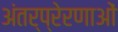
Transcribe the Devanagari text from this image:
अंतर्प्रेरणाओं